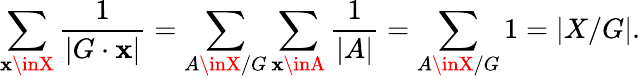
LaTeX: \sum_{\mathbf{x}\inX}{\frac{{1}}{{|G\cdot\mathbf{x}|}}}=\sum_{A\inX/G}\sum_{\mathbf{x}\inA}{\frac{{1}}{{|A|}}}=\sum_{A\inX/G}1=|X/G|.